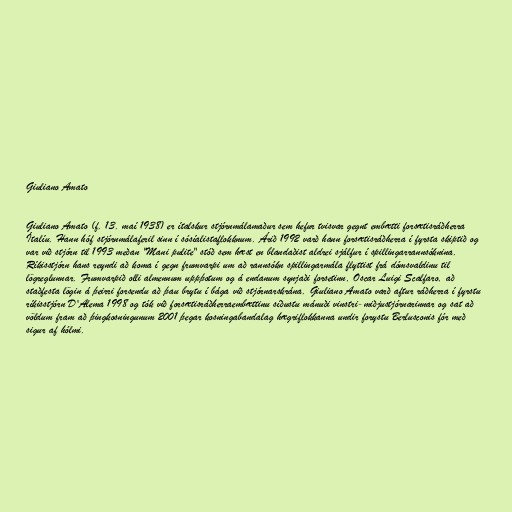
Giuliano Amato

Giuliano Amato (f. 13. maí 1938) er ítalskur stjórnmálamaður sem hefur tvisvar gegnt embætti forsætisráðherra
Ítalíu. Hann hóf stjórnmálaferil sinn í sósíalistaflokknum. Árið 1992 varð hann forsætisráðherra í fyrsta skiptið og
var við stjórn til 1993 meðan "Mani pulite" stóð sem hæst en blandaðist aldrei sjálfur í spillingarrannsóknina.
Ríkisstjórn hans reyndi að koma í gegn frumvarpi um að rannsókn spillingarmála flyttist frá dómsvaldinu til
lögreglunnar. Frumvarpið olli almennum uppþotum og á endanum synjaði forsetinn, Oscar Luigi Scalfaro, að
staðfesta lögin á þeirri forsendu að þau brytu í bága við stjórnarskrána. Giuliano Amato varð aftur ráðherra í fyrstu
ríkisstjórn D'Alema 1998 og tók við forsætisráðherraembættinu síðustu mánuði vinstri-miðjustjórnarinnar og sat að
völdum fram að þingkosningunum 2001 þegar kosningabandalag hægriflokkanna undir forystu Berlusconis fór með
sigur af hólmi.